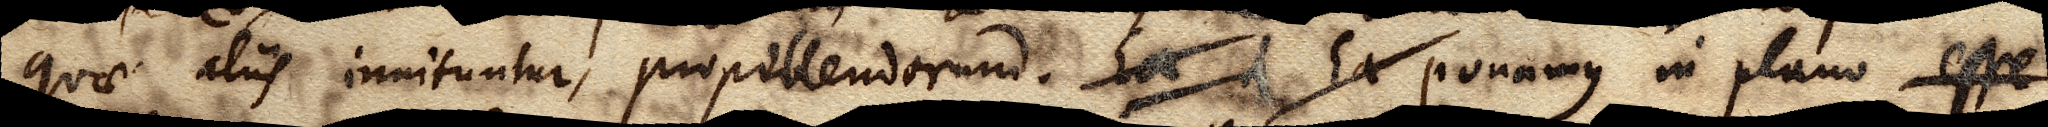
quae aliis innituntur, propellendorum. Ea A Ea ponamus in plano esse